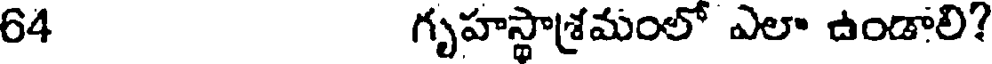
64 గృహస్థాశ్రమంలో ఎలా ఉండాలి?